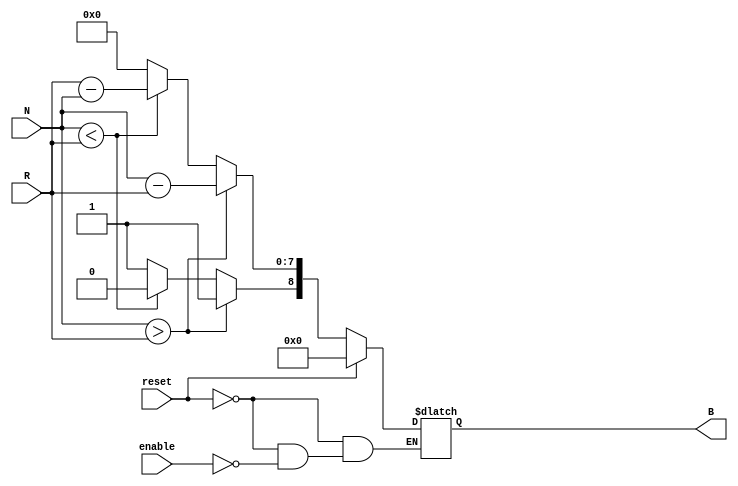
module RelativeEncoder #(
    parameter N_BITS = 8 // Number of bits for position inputs
)(
    input wire [N_BITS-1:0] N,   // Position input
    input wire [N_BITS-1:0] R,   // Reference input
    input wire enable,            // Enable signal
    input wire reset,             // Reset signal
    output reg [N_BITS:0] B       // Binary output (N_BITS + 1 to represent magnitude)
);

// Internal registers for status
reg [N_BITS-1:0] magnitude;
reg direction; // 0: Negative, 1: Positive

always @(*) begin
    if (reset) begin
        B = 0; // Initialize output to zero
    end else if (enable) begin
        if (N > R) begin
            magnitude = N - R; // Calculate positive magnitude
            direction = 1; // Positive direction
        end else if (N < R) begin
            magnitude = R - N; // Calculate negative magnitude
            direction = 0; // Negative direction
        end else begin
            magnitude = 0; // No change
            direction = 1; // Can be set to 0 or 1 (less significant)
        end
        
        B = {direction, magnitude}; // Combine direction and magnitude into output
    end else begin
        B = B; // Retain previous state when disabled
    end
end

endmodule